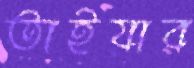
তাইয়ার